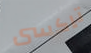
تاكسى